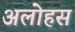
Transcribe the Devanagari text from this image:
अलोहस